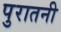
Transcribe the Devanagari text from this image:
पुरातनी